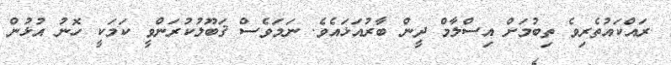
ރައްކައުތެރިވެ ތިބުމަށް އިސްލާމް ދީން ބާރުއަޅައެވެ. ނަމަވެސް ޤަބޫލުކުރަންވީ ކަމަކީ ހޮނު އުޅުން